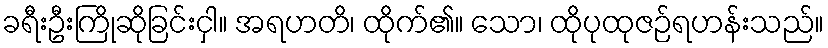
ခရီးဦးကြိုဆိုခြင်းငှါ။ အရဟတိ၊ ထိုက်၏။ သော၊ ထိုပုထုဇဉ်ရဟန်းသည်။